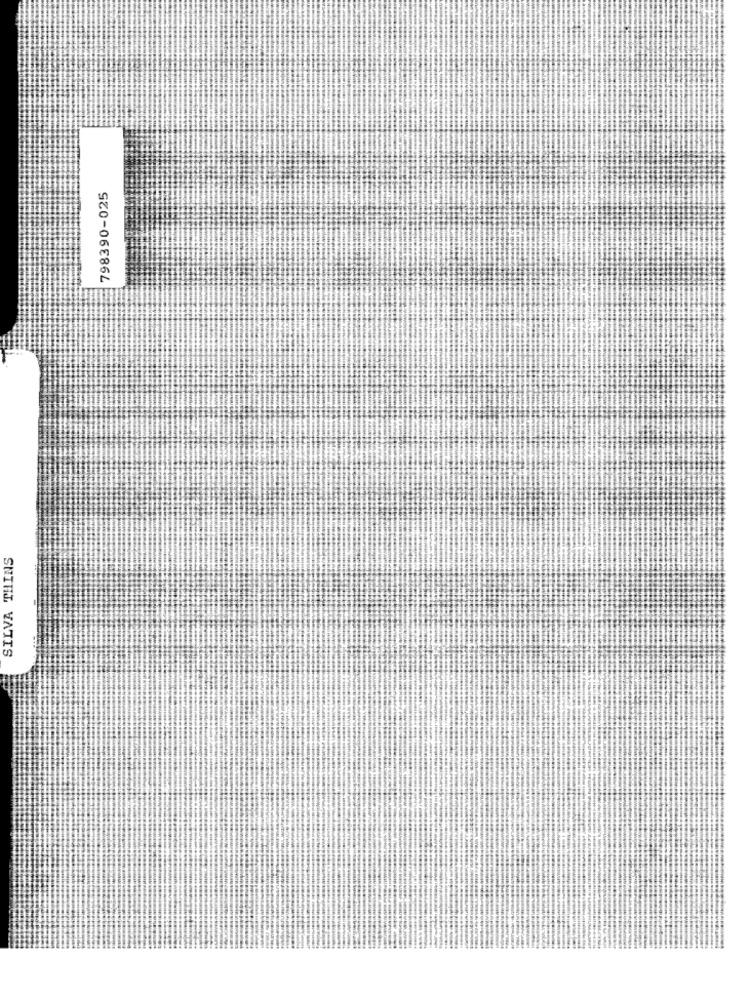
798390-025
SILVA THINS